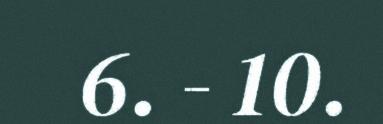
6. - 10.